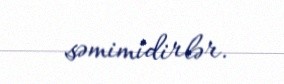
səmimidirlər.